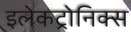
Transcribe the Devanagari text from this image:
इलेकट्रोनिक्स